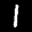
Label: 1